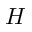
H